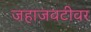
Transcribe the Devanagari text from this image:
जहाजवटीवर